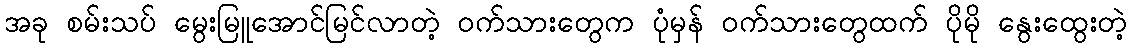
အခု စမ်းသပ် မွေးမြူအောင်မြင်လာတဲ့ ဝက်သားတွေက ပုံမှန် ဝက်သားတွေထက် ပိုမို နွေးထွေးတဲ့